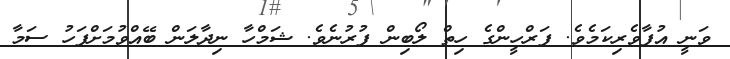
ވަނީ އުފާވެރިކަމެވެ. ފަރްހީންގެ ހިތް ލޯބިން ފުރުނެވެ. ޝަމްހާ ނިދާލަން ބޭއްވުމަށްފަހު ސަމާ